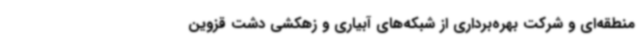
منطقه‌ای و شرکت بهره‌برداری از شبکه‌های آبیاری و زهکشی دشت قزوین